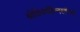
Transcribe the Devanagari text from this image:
श्रीशिवमहिम्नस्तोत्रम्